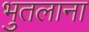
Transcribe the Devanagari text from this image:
भुतलाना